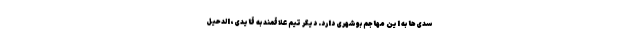
سدی‌ها به این مهاجم بوشهری دارد. دیگر تیم علاقمند به قایدی، الدحیل